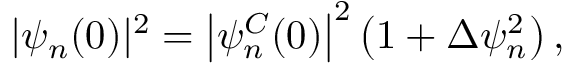
| \psi _ { n } ( 0 ) | ^ { 2 } = \left| \psi _ { n } ^ { C } ( 0 ) \right| ^ { 2 } \left( 1 + \Delta \psi _ { n } ^ { 2 } \right) ,